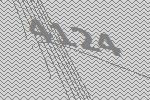
4124